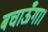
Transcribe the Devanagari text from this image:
बचाऊँगा।